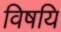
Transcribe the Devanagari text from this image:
विषयि